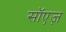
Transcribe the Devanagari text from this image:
सॉएज़